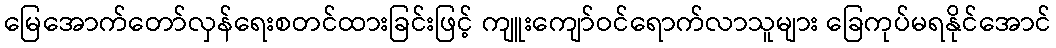
မြေအောက်တော်လှန်ရေးစတင်ထားခြင်းဖြင့် ကျူးကျော်ဝင်ရောက်လာသူများ ခြေကုပ်မရနိုင်အောင်